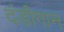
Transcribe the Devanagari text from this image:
दंडीगान